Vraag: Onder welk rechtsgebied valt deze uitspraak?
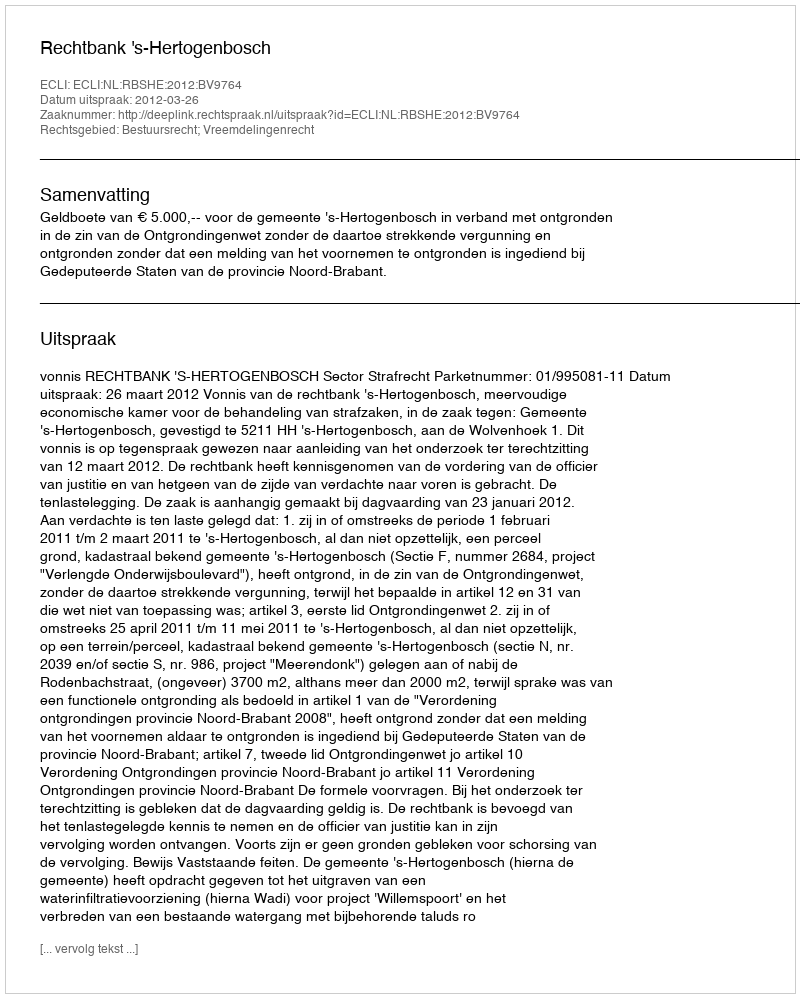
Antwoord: Bestuursrecht; Vreemdelingenrecht